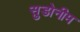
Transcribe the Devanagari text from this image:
सुडोनीम